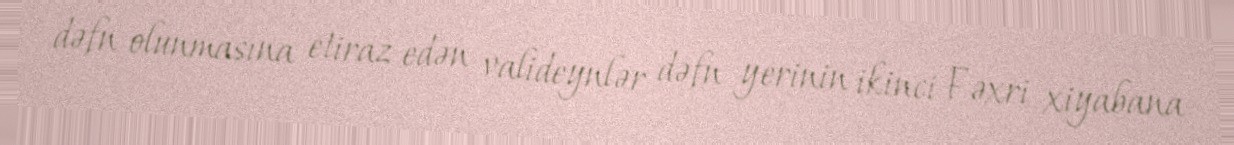
dəfn olunmasına etiraz edən valideynlər dəfn yerinin ikinci Fəxri xiyabana